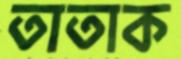
তাতাক